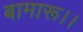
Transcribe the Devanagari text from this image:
बामारू।।